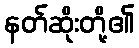
နတ်ဆိုးတို့၏